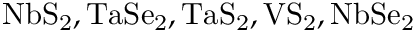
\mathrm { N b S _ { 2 } , T a S e _ { 2 } , T a S _ { 2 } , V S _ { 2 } , N b S e _ { 2 } }